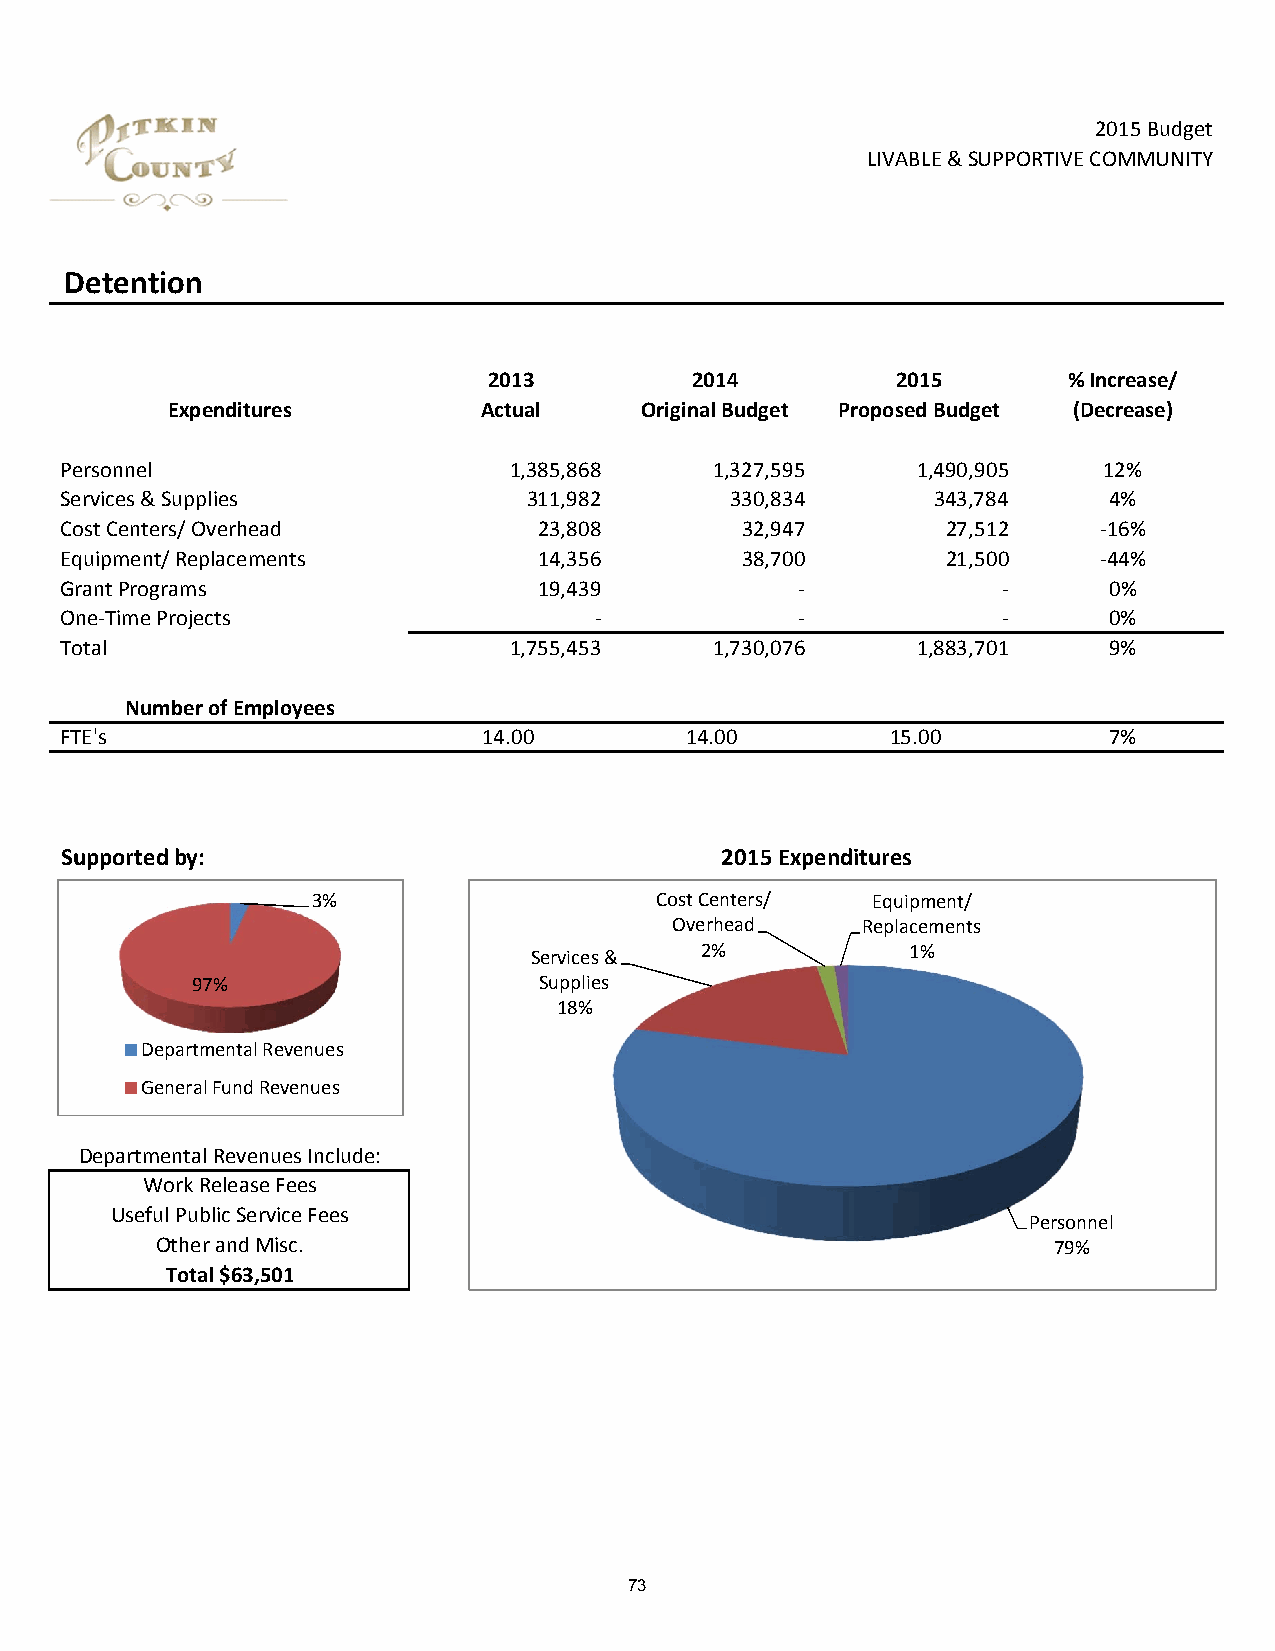
2015 Budget
 LIVABLE & SUPPORTIVE COMMUNITY
 Detention
 2013          2014         2015        % Increase/
 Expenditures         Actual    Original Budget Proposed Budget (Decrease)
 Personnel                     1,385,868    1,327,595     1,490,905   12%
 Services & Supplies            311,982      330,834       343,784    4%
 Cost Centers/ Overhead          23,808       32,947        27,512    ‐16%
 Equipment/ Replacements         14,356       38,700        21,500    ‐44%
 Grant Programs                  19,439           ‐            ‐      0%
 One‐Time Projects                  ‐             ‐            ‐      0%
 Total                         1,755,453    1,730,076     1,883,701   9%
 Number of Employees
 FTE's                       14.00        14.00         15.00         7%
 Supported by:                               2015 Expenditures
 3%                    Cost Centers/  Equipment/
 Overhead    Replacements
 Services & 2%            1%
 97%                    Supplies
 18%
 Departmental Revenues
 General Fund Revenues
 Departmental Revenues Include:
 Work Release Fees
 Useful Public Service Fees
 Personnel
 Other and Misc.                                             79%
 Total $63,501
 73